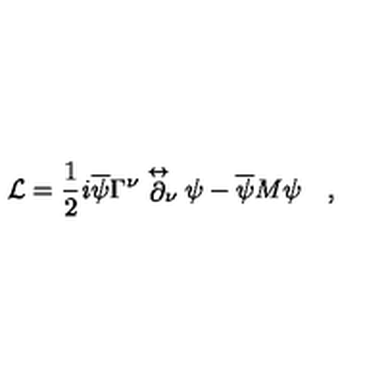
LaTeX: { \cal L } = \frac { 1 } { 2 } { \it i } \overline { { \psi } } { \Gamma } ^ { \nu } \stackrel { \leftrightarrow } { \partial } _ { \! \nu } { \psi } - \overline { { \psi } } M { \psi } \quad ,